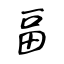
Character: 畐